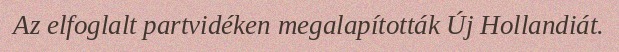
Az elfoglalt partvidéken megalapították Új Hollandiát.